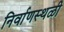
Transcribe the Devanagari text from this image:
निर्वाणस्थळी